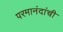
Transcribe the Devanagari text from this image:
परमानंदांची